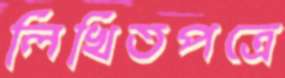
লিখিতপত্রে